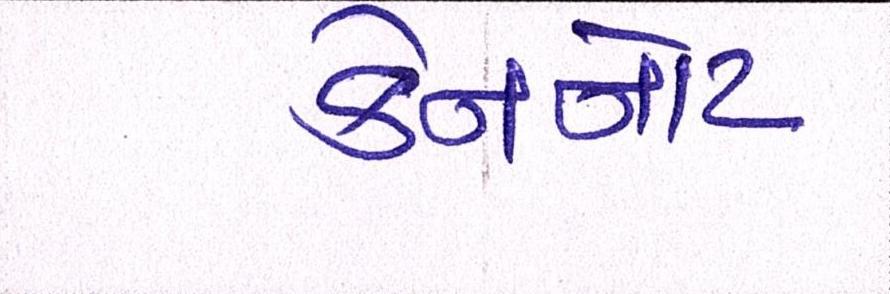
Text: કેનનોટ